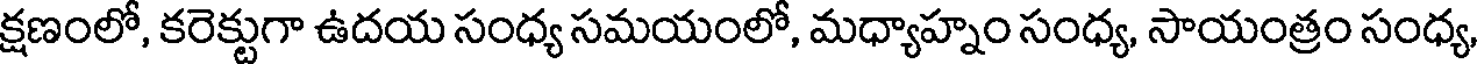
క్షణంలో, కరెక్టుగా ఉదయ సంధ్య సమయంలో, మధ్యాహ్నం సంధ్య, సాయంత్రం సంధ్య